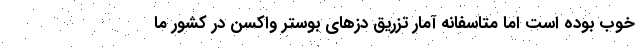
خوب بوده است اما متاسفانه آمار تزریق دزهای بوستر واکسن در کشور ما